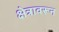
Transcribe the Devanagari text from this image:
क्षेत्रावरून